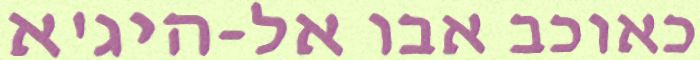
כאוכב אבו אל-היג'א